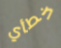
خطأي